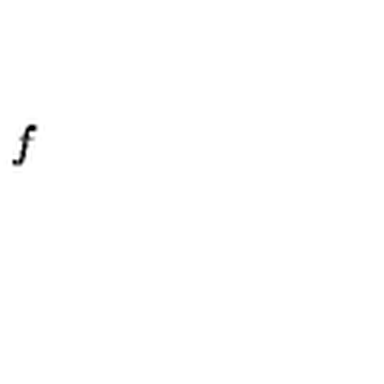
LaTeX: f